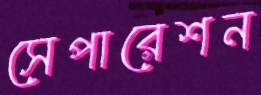
সেপারেশন